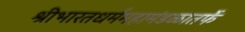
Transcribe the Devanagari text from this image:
श्रीभारतधर्ममहामंडळातर्फे